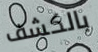
بالكشف